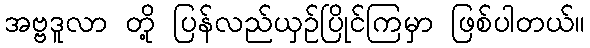
အဗ္ဗဒူလာ တို့ ပြန်လည်ယှဉ်ပြိုင်ကြမှာ ဖြစ်ပါတယ်။